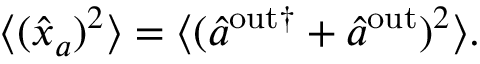
\begin{array} { r } { \langle ( \hat { x } _ { a } ) ^ { 2 } \rangle = \langle ( \hat { a } ^ { \mathrm { { o u t } \dagger } } + \hat { a } ^ { \mathrm { { o u t } } } ) ^ { 2 } \rangle . } \end{array}